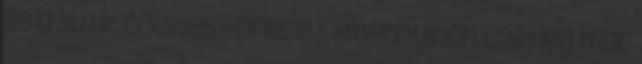
és a sütik cookies törlése 1, Amennyiben esetleg már